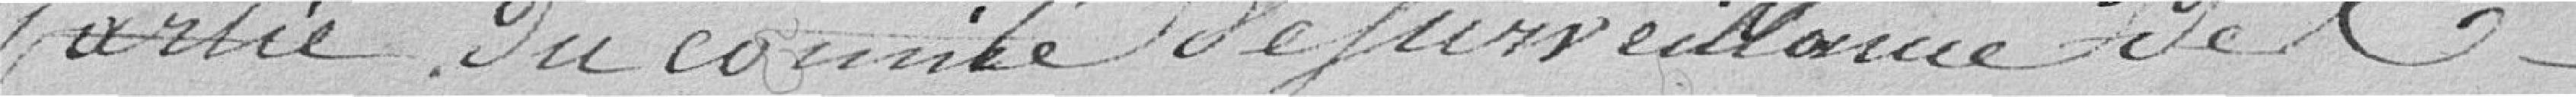
partie du comité de surveillance de l'